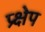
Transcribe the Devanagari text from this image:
प्र्क्षेप